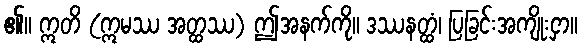
၏။ ဣတိ (ဣမဿ အတ္ထဿ) ဤအနက်ကို။ ဒဿနတ္ထံ၊ ပြခြင်းအကျိုးငှာ။